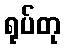
ရုပ်တု